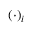
( \cdot ) _ { i }